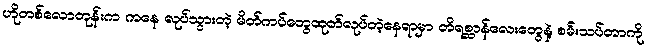
ဟိုတစ်လောတုန်းက ကနေ လုပ်သွားတဲ့ မိတ်ကပ်တွေထုတ်လုပ်တဲ့နေရာမှာ တိရစ္ဆာန်လေးတွေနဲ့ စမ်းသပ်တာကို